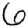
Digit: 6